画像に写った文字を読んでください
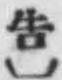
「吿〕」と書いてあります